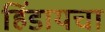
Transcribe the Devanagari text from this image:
हिंडायचा